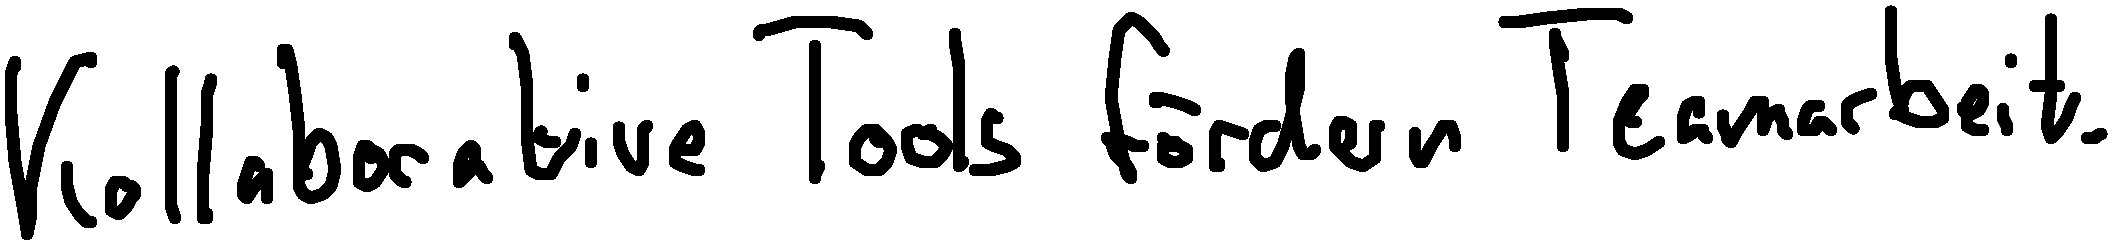
Kollaborative Tools fördern Teamarbeit.